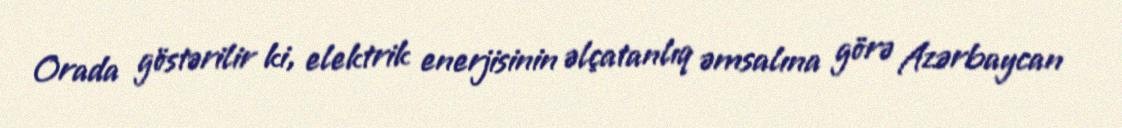
Orada göstərilir ki, elektrik enerjisinin əlçatanlıq əmsalına görə Azərbaycan